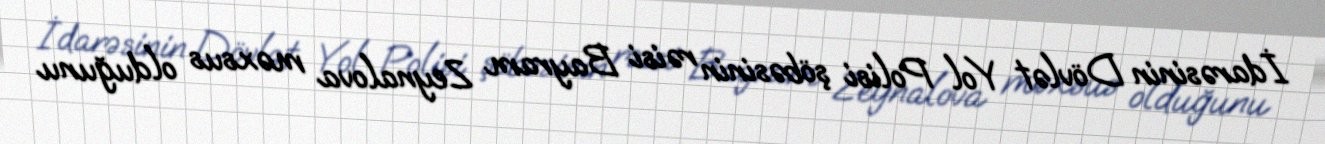
İdarəsinin Dövlət Yol Polisi şöbəsinin rəisi Bayram Zeynalova məxsus olduğunu